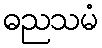
ဓညသမံ